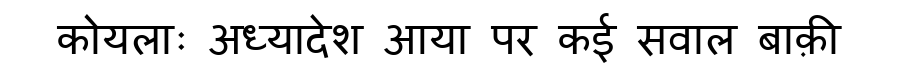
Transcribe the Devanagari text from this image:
कोयलाः अध्यादेश आया पर कई सवाल बाक़ी